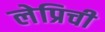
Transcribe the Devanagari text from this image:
लेप्रिची